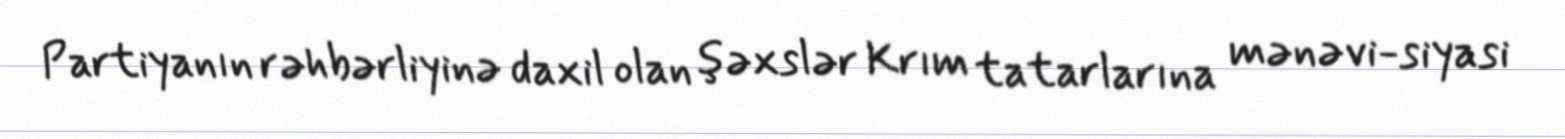
Partiyanın rəhbərliyinə daxil olan şəxslər Krım tatarlarına mənəvi-siyasi